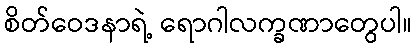
စိတ်ဝေဒနာရဲ့ ရောဂါလက္ခဏာတွေပါ။